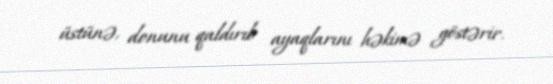
üstünə, donunu qaldırıb ayaqlarını həkimə göstərir.